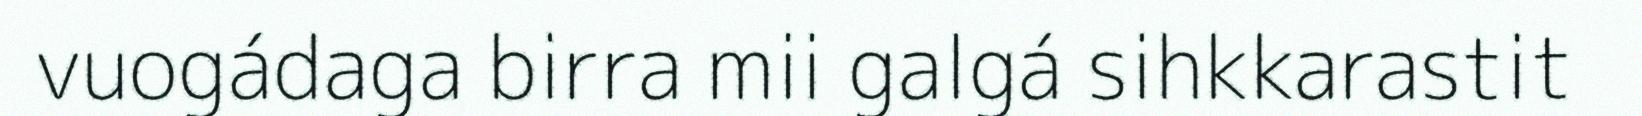
vuogádaga birra mii galgá sihkkarastit